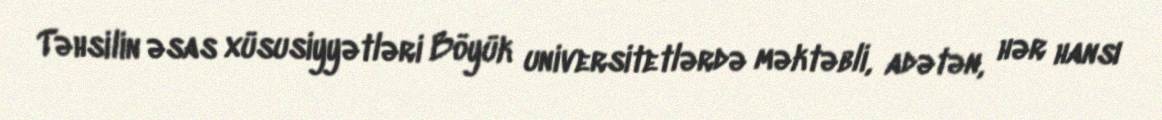
Təhsilin əsas xüsusiyyətləri Böyük universitetlərdə məktəbli, adətən, hər hansı